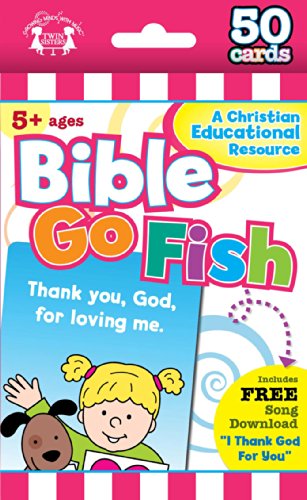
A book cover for Bible Go Fish Christian 50-Count Game Cards (I'm Learning the Bible Flash Cards); Humor & Entertainment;